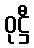
ဝုဋ္ဌီ